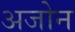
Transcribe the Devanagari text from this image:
अजोन